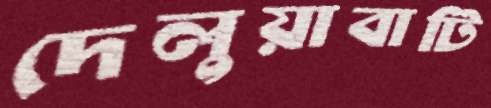
দেলুয়াবাটি